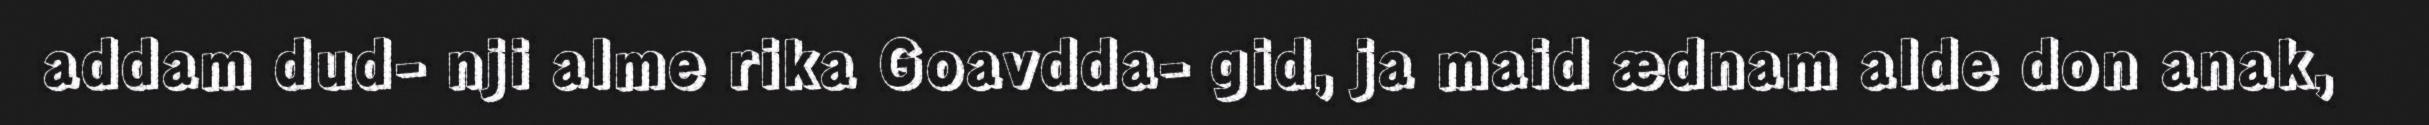
addam dud- nji alme rika Goavdda- gid, ja maid ædnam alde don anak,